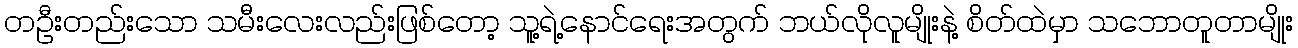
တဦးတည်းသော သမီးလေးလည်းဖြစ်တော့ သူ့ရဲ့နောင်ရေးအတွက် ဘယ်လိုလူမျိုးနဲ့ စိတ်ထဲမှာ သဘောတူတာမျိုး